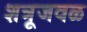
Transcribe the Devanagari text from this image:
शत्रूजवळ